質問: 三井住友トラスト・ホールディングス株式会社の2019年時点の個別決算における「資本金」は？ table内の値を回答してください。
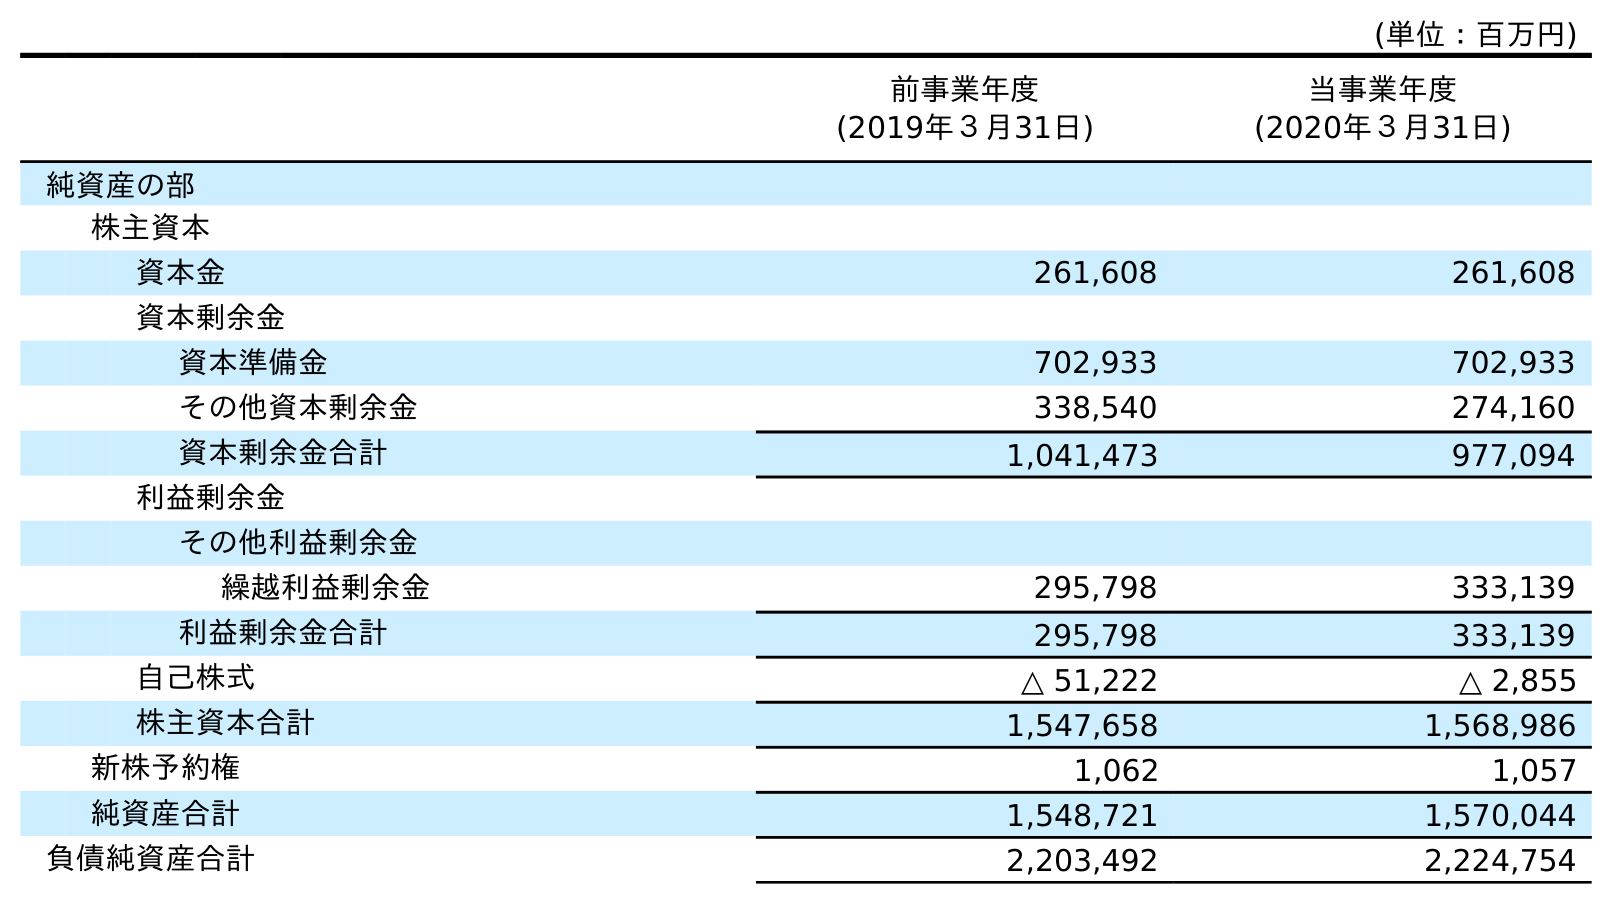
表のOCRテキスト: (単位：百万円) 前事業年度 (2019年３月31日) 当事業年度 (2020年３月31日) 純資産の部 株主資本 資本金 261,608 261,608 資本剰余金 資本準備金 702,933 702,933 その他資本剰余金 338,540 274,160 資本剰余金合計 1,041,473 977,094 利益剰余金 その他利益剰余金 繰越利益剰余金 295,798 333,139 利益剰余金合計 295,798 333,139 自己株式 △ 51,222 △ 2,855 株主資本合計 1,547,658 1,568,986 新株予約権 1,062 1,057 純資産合計 1,548,721 1,570,044 負債純資産合計 2,203,492 2,224,754
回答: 261,608